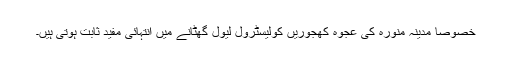
خصوصاً مدینہ منورہ کی عجوہ کھجوریں کولیسٹرول لیول گھٹانے میں انتہائی مفید ثابت ہوتی ہیں۔